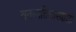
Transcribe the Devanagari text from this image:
वनस्पतिशास्त्राशी